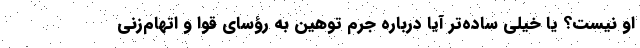
او نیست؟ یا خیلی ساده‌تر آیا درباره جرم توهین به رؤسای قوا و اتهام‌زنی